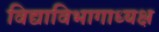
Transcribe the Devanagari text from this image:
विद्याविभागाध्यक्ष